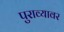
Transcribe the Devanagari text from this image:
पुराव्यावर